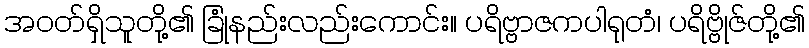
အဝတ်ရှိသူတို့၏ ခြုံနည်းလည်းကောင်း။ ပရိဗ္ဗာဇကပါရုတံ၊ ပရိဗ္ဗိုဇ်တို့၏